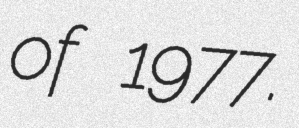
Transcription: of 1977.